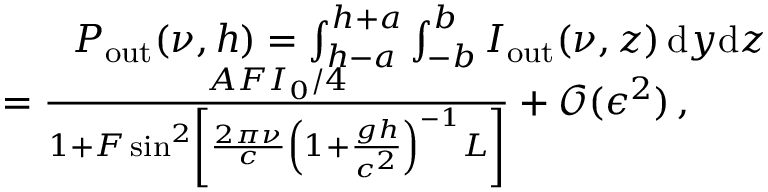
\begin{array} { r l r } & { } & { P _ { \mathrm { o u t } } ( \nu , h ) = \int _ { h - a } ^ { h + a } \int _ { - b } ^ { b } I _ { \mathrm { o u t } } ( \nu , z ) \, \mathrm { d } y \mathrm { d } z } \\ & { } & { \qquad = \frac { A F I _ { 0 } / 4 } { 1 + F \sin ^ { 2 } \left[ \frac { 2 \pi \nu } { c } \left( 1 + \frac { g h } { c ^ { 2 } } \right) ^ { - 1 } L \right] } + \mathcal { O } ( \epsilon ^ { 2 } ) \, , \qquad } \end{array}